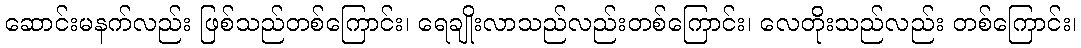
ဆောင်းမနက်လည်း ဖြစ်သည်တစ်ကြောင်း၊ ရေချိုးလာသည်လည်းတစ်ကြောင်း၊ လေတိုးသည်လည်း တစ်ကြောင်း၊